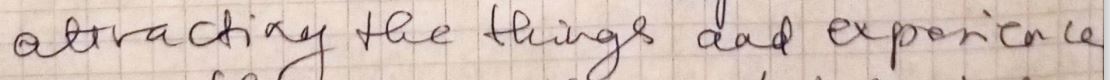
atracting the things and experience